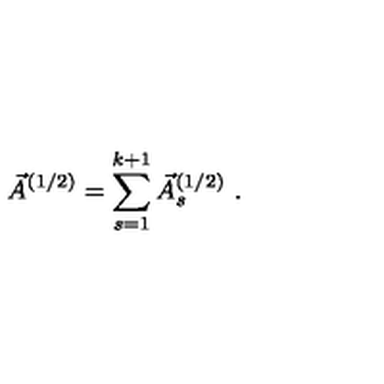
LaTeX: \vec { A } ^ { ( 1 / 2 ) } = \sum _ { s = 1 } ^ { k + 1 } \vec { A } _ { s } ^ { ( 1 / 2 ) } \ .